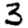
Digit: 3